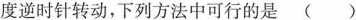
度逆时针转动，下列方法中可行的是()